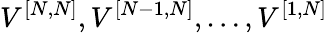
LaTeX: V^{[{N},{N}]},V^{[{N-1},{N}]},\ldots,V^{[{1},{N}]}